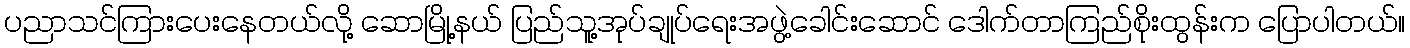
ပညာသင်ကြားပေးနေတယ်လို့ ဆောမြို့နယ် ပြည်သူ့အုပ်ချုပ်ရေးအဖွဲ့ခေါင်းဆောင် ဒေါက်တာကြည်စိုးထွန်းက ပြောပါတယ်။